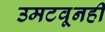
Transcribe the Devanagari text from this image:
उमटवूनही